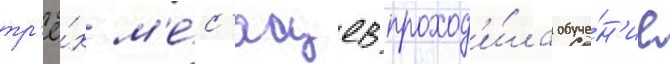
тр'ё́х м'е́с'яцев проход'и́ла обуче́н'ие